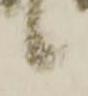
候